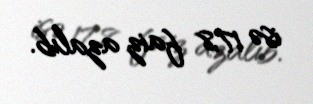
isə 17,8 faiz azalıb.